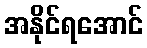
အနိုင်ရအောင်